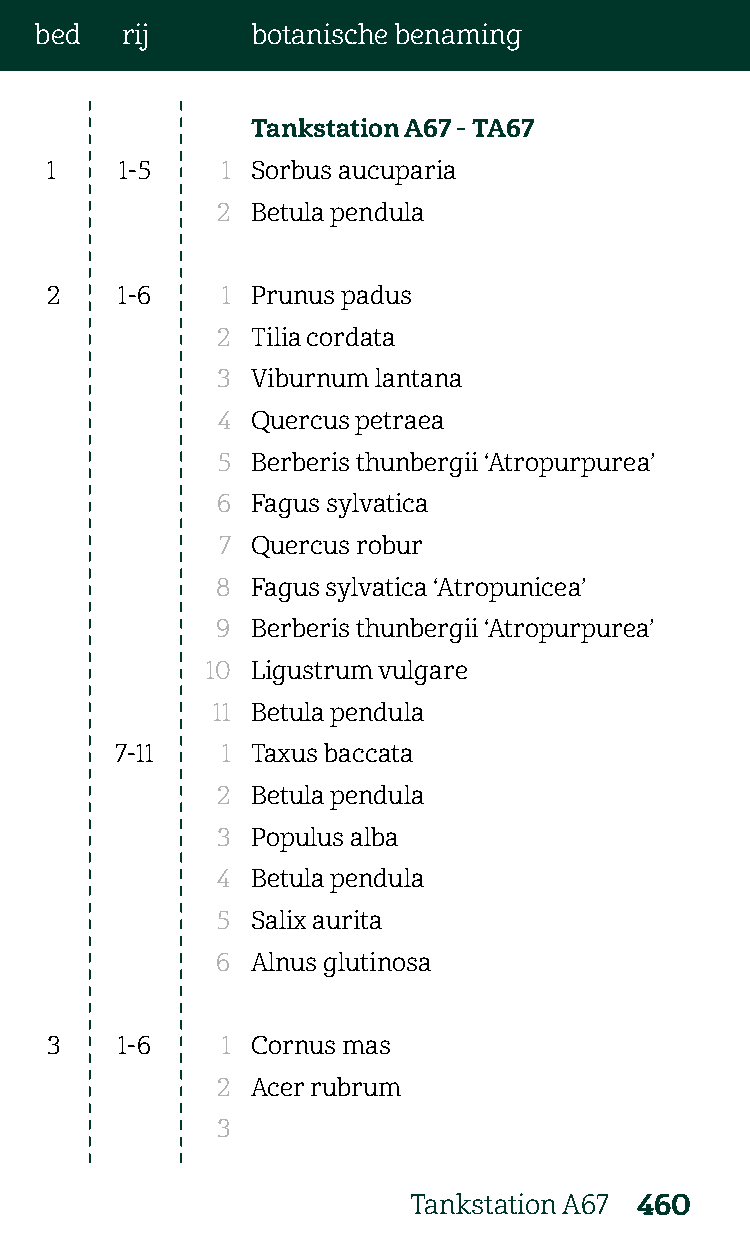
bed   rij      botanische benaming
 Tankstation A67 - TA67
 1    1-5    1 Sorbus aucuparia
 2  Betula pendula
 2    1-6    1 Prunus padus
 2  Tilia cordata
 3  Viburnum lantana
 4  Quercus petraea
 5  Berberis thunbergii ‘Atropurpurea’
 6  Fagus sylvatica
 7  Quercus robur
 8  Fagus sylvatica ‘Atropunicea’
 9  Berberis thunbergii ‘Atropurpurea’
 10 Ligustrum vulgare
 11 Betula pendula
 7-11   1 Taxus baccata
 2  Betula pendula
 3  Populus alba
 4  Betula pendula
 5  Salix aurita
 6  Alnus glutinosa
 3    1-6    1 Cornus mas
 2  Acer rubrum
 3
 Tankstation A67 460